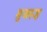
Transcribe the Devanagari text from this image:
मुजरूह